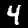
Digit: 4